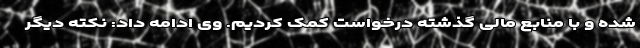
شده و با منابع مالی گذشته درخواست کمک کردیم. وی ادامه داد: نکته دیگر